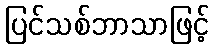
ပြင်သစ်ဘာသာဖြင့်